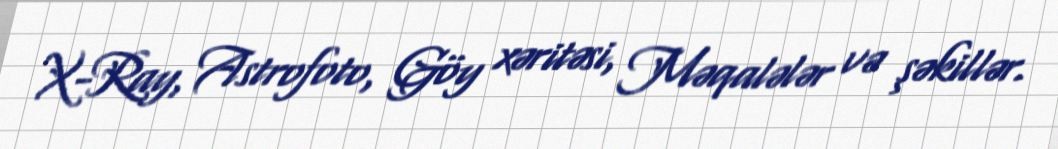
X-Ray, Astrofoto, Göy xəritəsi, Məqalələr və şəkillər.